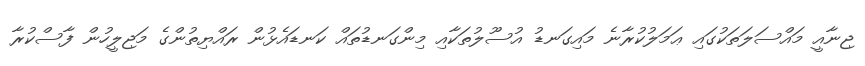
ޖިނާއީ މައްސަލަތަކުގައި ޢަމަލުކުރާނެ މައިގަނޑު އުސޫލުތަކާއި މިންގަނޑުތައް ކަނޑައެޅުން ރައްޔިތުންގެ މަޖިލީހުން ފާސްކުރާ